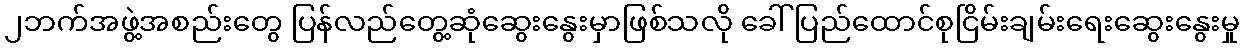
၂ဘက်အဖွဲ့အစည်းတွေ ပြန်လည်တွေ့ဆုံဆွေးနွေးမှာဖြစ်သလို ခေါ် ပြည်ထောင်စုငြိမ်းချမ်းရေးဆွေးနွေးမှု